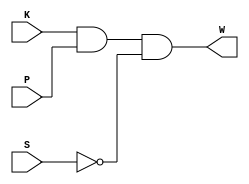
module beltwarn_s(
	input wire K, P, S,
	output wire W );

wire N1, N2;

not Inv_1 (N2, S);
and And2_1(N1, K, P);
and And2_2(W, N1, N2);

endmodule